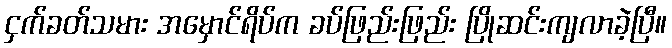
ငှက်ခတ်သမား အမှောင်ရိပ်က ခပ်ဖြည်းဖြည်း ပြိုဆင်းကျလာခဲ့ပြီ။